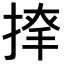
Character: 𢱂